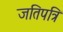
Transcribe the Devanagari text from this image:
जतिपत्रि